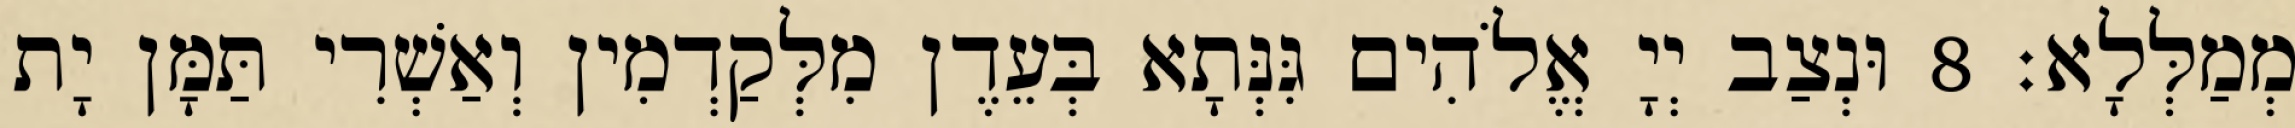
מְמַלְּלָא׃ 8 וּנְצַב יְיָ אֱלֹהִים גִּנְּתָא בְּעֵדֶן מִלְּקַדְמִין וְאַשְׁרִי תַּמָּן יָת